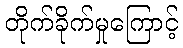
တိုက်ခိုက်မှုကြောင့်